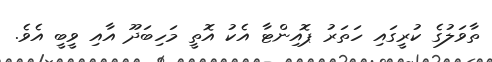
ތާވަލުގެ ކުރީގައި ހަތަރު ޕޮއިންޓާ އެކު އޮތީ މަހިބަދޫ އާއި ވީބީ އެވެ.